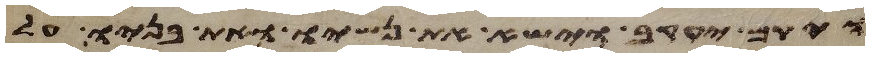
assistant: ויקם יעקב וישא את נשיו ואת בניו על